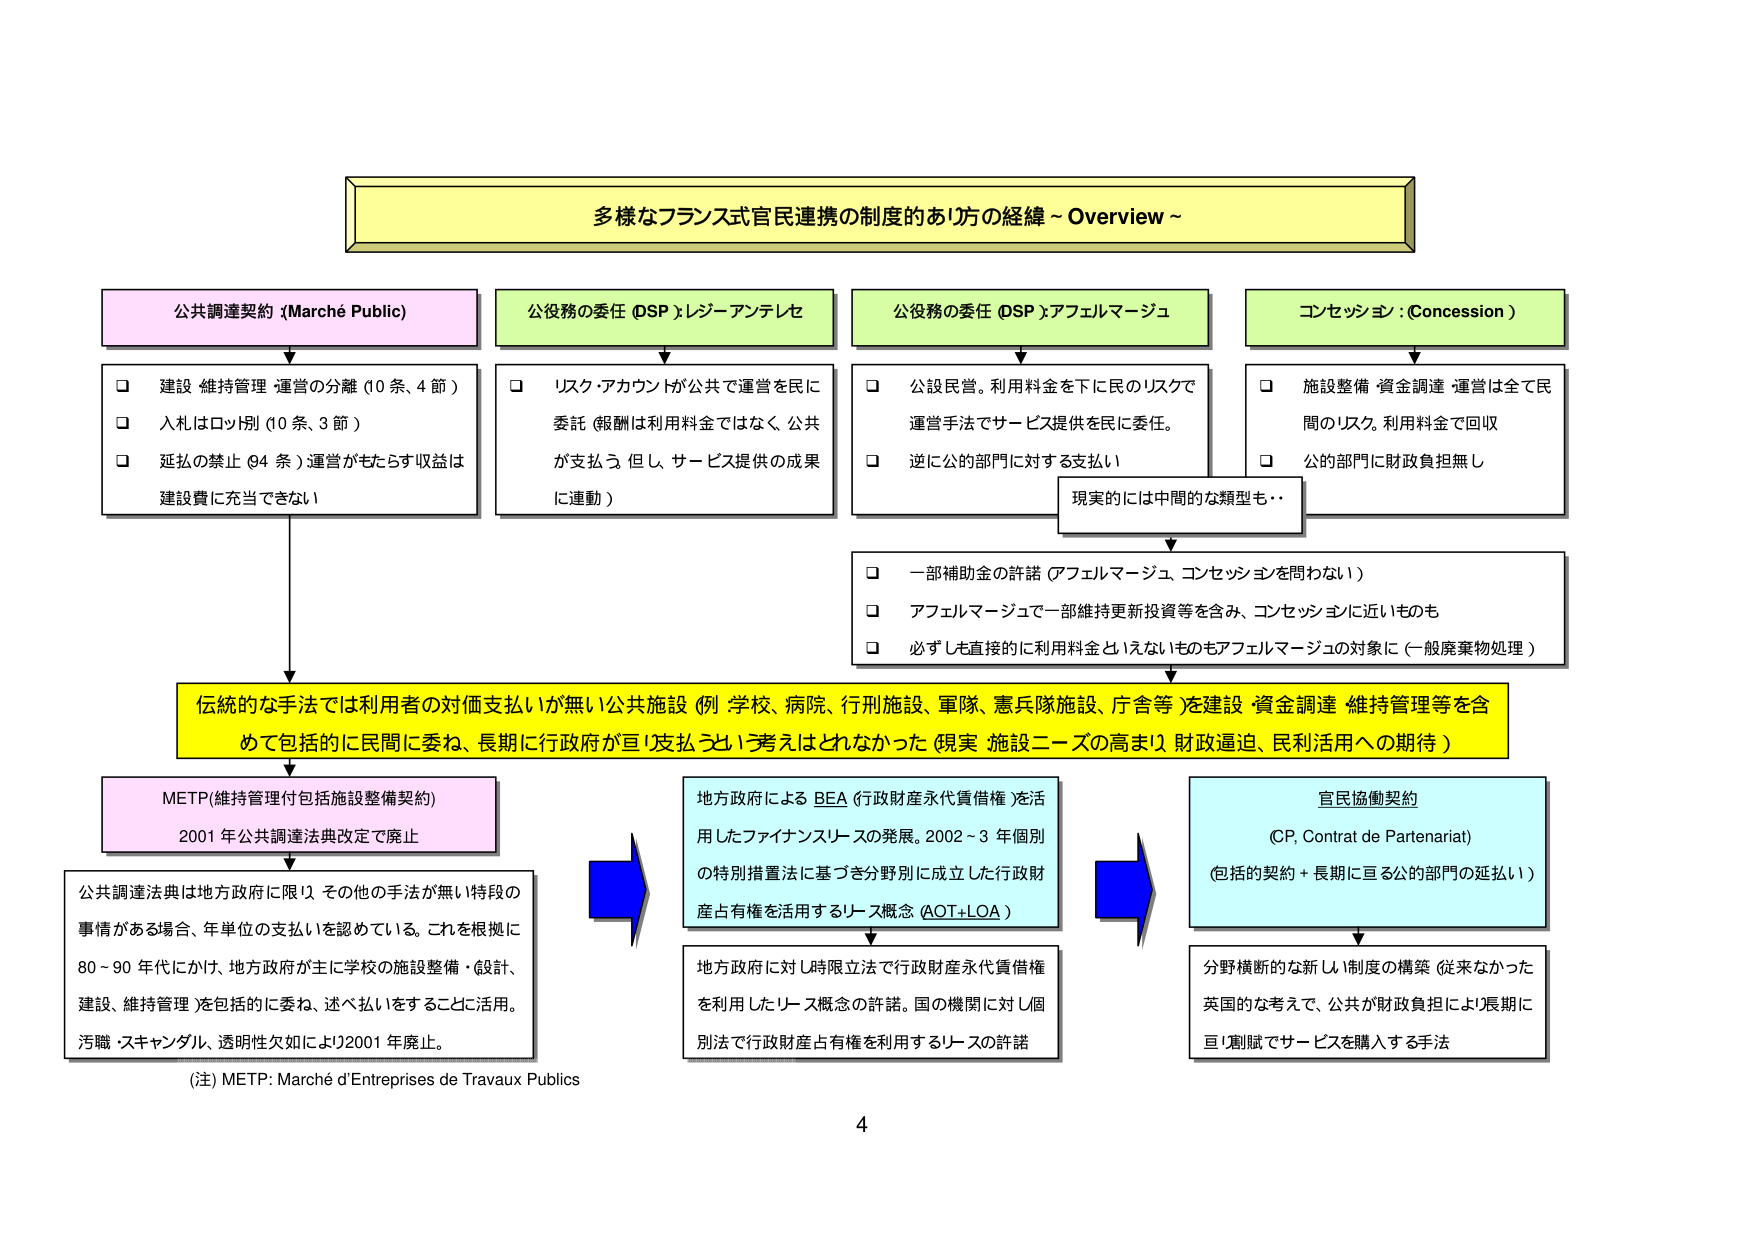
多様なフランス式官民連携の制度的あり方の経緯～Overview～

公共調達契約 (Marché Public)
□ 建設・維持管理・運営の分離 (10条、4節)
□ 入札はロット別 (10条、3節)
□ 延払の禁止 (94条) 運営がもたらす収益は建設費に充当できない

公役務の委任 (DSP) レジーアンテレセ
□ リスク・アカウントが公共で運営を民に委託 (報酬は利用料金ではなく、公共が支払う。但し、サービス提供の成果に連動)

公役務の委任 (DSP) アフェルマージュ
□ 公設民営。利用料金を下に民のリスクで運営手法でサービス提供を民に委任。
□ 逆に公的部門に対する支払い

コンセッション (Concession)
□ 施設整備・資金調達・運営は全て民間のリスク。利用料金で回収
□ 公的部門に財政負担無し

現実的には中間的な類型も・・
□ 一部補助金の許諾 (アフェルマージュ、コンセッションを問わない)
□ アフェルマージュで一部維持更新投資等を含み、コンセッションに近いものも
□ 必ずしも直接的に利用料金といえないものもアフェルマージュの対象に (一般廃棄物処理)

伝統的な手法では利用者の対価支払いが無い公共施設 (例：学校、病院、行刑施設、軍隊、憲兵隊施設、庁舎等) を建設・資金調達・維持管理等を含めて包括的に民間に委ね、長期に行政が直ちに支払うという考えはとれなかった (現実：施設ニーズの高まり、財政逼迫、民利活用への期待)

METP(維持管理付包括施設整備契約)
2001年公共調達法典改定で廃止

公共調達法典は地方政府に限り、その他の手法が無い特段の事情がある場合、年単位の支払いを認めている。これを根拠に80～90年代にかけ、地方政府が主に学校の施設整備・設計、建設、維持管理を包括的に委ね、述べ払いをすることに活用。汚職・スキャンダル、透明性欠如により2001年廃止。

(注) METP: Marché d'Entreprises de Travaux Publics

地方政府によるBEA (行政財産永代賃借権) を活用したファイナンスリースの発展。2002～3年個別の特別措置法に基づき分野別に成立した行政財産占有権を活用するリース概念 (AOT+LOA)

地方政府に対し時限立法で行政財産永代賃借権を利用したリース概念の許諾。国の機関に対し個別法で行政財産占有権を利用するリースの許諾

官民協働契約
(CP, Contrat de Partenariat)
(包括的契約＋長期に亘る公的部門の延払い)

分野横断的な新しい制度の構築 (従来なかった英国的な考えで、公共が財政負担により長期に亘り割賦でサービスを購入する手法)

4